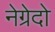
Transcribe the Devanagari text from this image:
नेग्रेदो